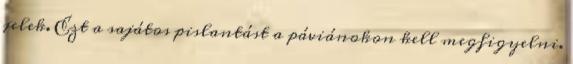
jelek. Ezt a sajátos pislantást a páviánokon kell megfigyelni.